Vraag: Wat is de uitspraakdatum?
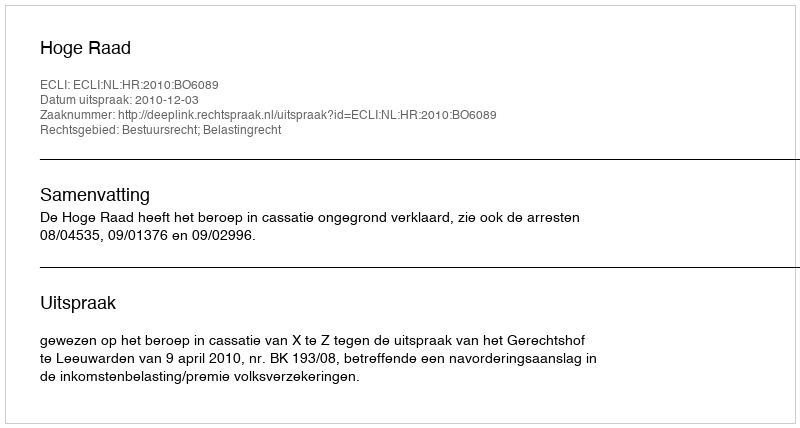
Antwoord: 2010-12-03